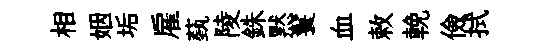
相姻垢雇蓺陵銖黙鬟血敕輓儉拭